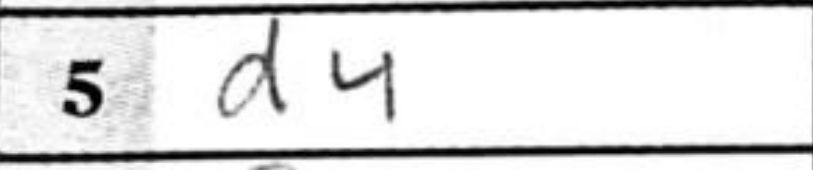
Transcription: d4